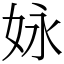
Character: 𡛻